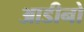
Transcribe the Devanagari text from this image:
आडीनो